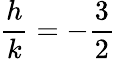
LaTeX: \frac{h}{k}=-\frac{3}{2}